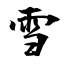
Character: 雪